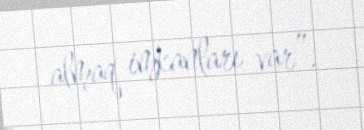
almaq imkanları var”.